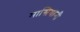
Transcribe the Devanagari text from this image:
मास्त्रियानी